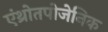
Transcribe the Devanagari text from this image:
एंथ्रोतपोजेनिक